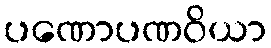
ပဏောပဏဝိယာ